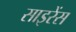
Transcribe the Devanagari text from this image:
साइरेंस